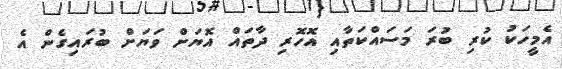
އެމީހަކު ކުރި ބުރަ މަސައްކަތާއި އޮހޮރި ދާތައް އޮޔަށް ވަޔަށް ބުރައިގެން އެ